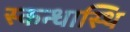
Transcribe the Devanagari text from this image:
स्कन्धास्थि